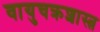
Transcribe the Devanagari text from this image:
वायुचक्रशास्त्र